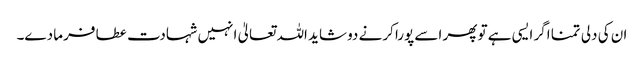
ان کی دلی تمنا اگر ایسی ہے تو پھر اسے پورا کرنے دو شاید اللہ تعالیٰ انہیں شہادت عطا فرما دے۔